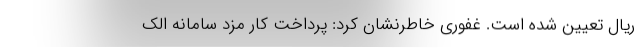
ریال تعیین شده است. غفوری خاطرنشان کرد: پرداخت کار مزد سامانه الک